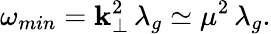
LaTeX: \omega_{min}=\mathbf{k}_{\perp}^{2}\, \lambda_{g}\simeq\mu^{2}\, \lambda_{g}.